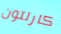
كارلتون